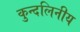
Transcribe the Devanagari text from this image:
कुन्दलिनीय